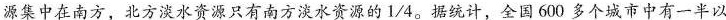
源集中在南方，北方淡水资源只有南方淡水资源的1/4。据统计，全国600多个城市中有一半以